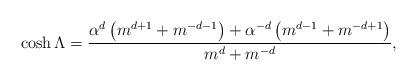
LaTeX: \begin{align*}\cosh \Lambda = \frac{\alpha^d \left(m^{d+1}+m^{-d-1} \right)+ \alpha^{-d} \left(m^{d-1}+m^{-d+1} \right)}{m^{d} +m^{-d}},\end{align*}